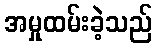
အမှုထမ်းခဲ့သည်